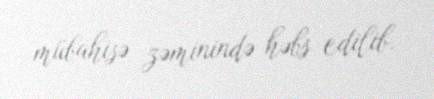
mübahisə zəminində həbs edilib.